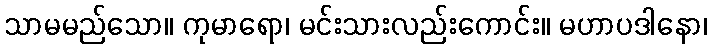
သာမမည်သော။ ကုမာရော၊ မင်းသားလည်းကောင်း။ မဟာပဒါနော၊